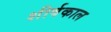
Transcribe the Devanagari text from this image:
शीर्षकाल